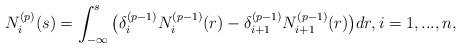
LaTeX: \begin{align*}N_{i}^{(p)}(s)=\int_{-\infty}^{s} \big(\delta_{i}^{(p-1)}N_{i}^{(p-1)}(r)-\delta_{i+1}^{(p-1)}N_{i+1}^{(p-1)}(r)\big)dr, i=1,...,n, \end{align*}